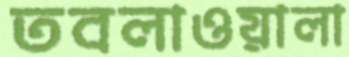
তবলাওয়ালা